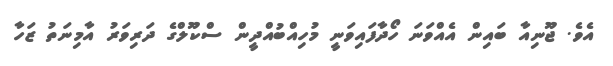
އެވެ. ޖޫނިއާ ބައިން އެއްވަނަ ހޯދާފައިވަނީ މުހިއްބުއްދީން ސްކޫލްގެ ދަރިވަރު އާމިނަތު ޒަހާ